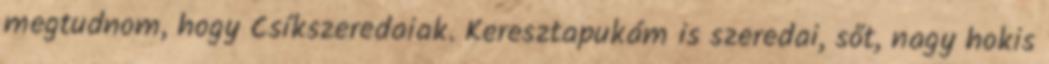
megtudnom, hogy Csíkszeredaiak. Keresztapukám is szeredai, sőt, nagy hokis